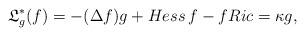
LaTeX: \begin{align*} \mathfrak{L}_{g}^{*}(f)=-(\Delta f)g+Hess\, f-fRic=\kappa g,\end{align*}